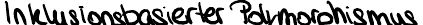
Inklusionsbasierter Polymorphismus